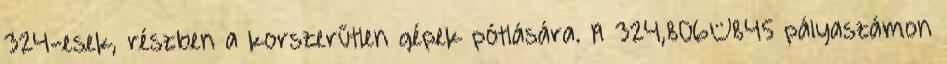
324-esek, részben a korszerűtlen gépek pótlására. A 324,806–845 pályaszámon